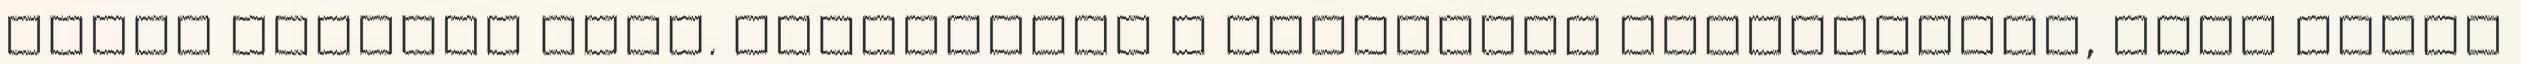
bírói hatalom volt. Eredetileg a vármegyék birtokolták, majd egyes